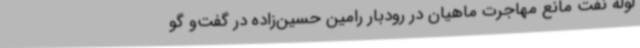
لوله نفت مانع مهاجرت ماهیان در رودبار رامین حسین‌زاده در گفت‌و گو